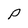
Character: P